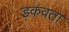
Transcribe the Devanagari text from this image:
डकवता